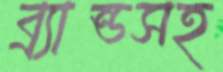
ব্র্যান্ডসহ